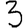
Digit: 3